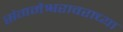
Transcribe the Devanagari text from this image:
संगमेश्वरावराच्या